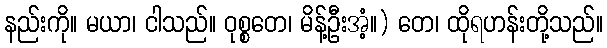
နည်းကို။ မယာ၊ ငါသည်။ ဝုစ္စတေ၊ မိန့်ဦးအံ့။) တေ၊ ထိုရဟန်းတို့သည်။